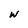
Character: W